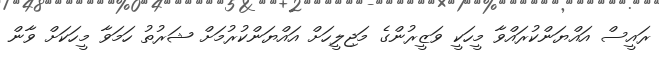
ރައީސް އައްޔަންކުރައްވާ މީހަކީ ވަޒީރުންގެ މަޖިލީހަށް އައްޔަންކުރުމަށް ޝަރުތު ހަމަވާ މީހަކަށް ވާން